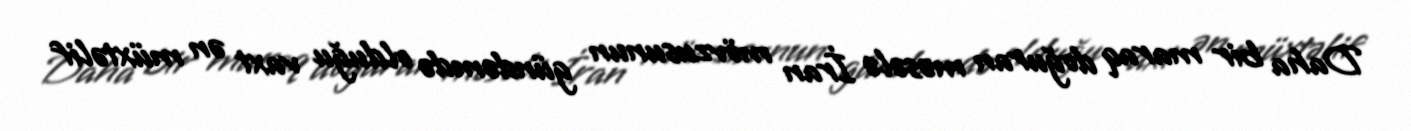
Daha bir maraq doğuran məsələ İran mövzusunun gündəmdə olduğu vaxt ən müxtəlif